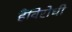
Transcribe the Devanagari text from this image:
हैंविरोधी